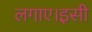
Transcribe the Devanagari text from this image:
लगाए।इसी